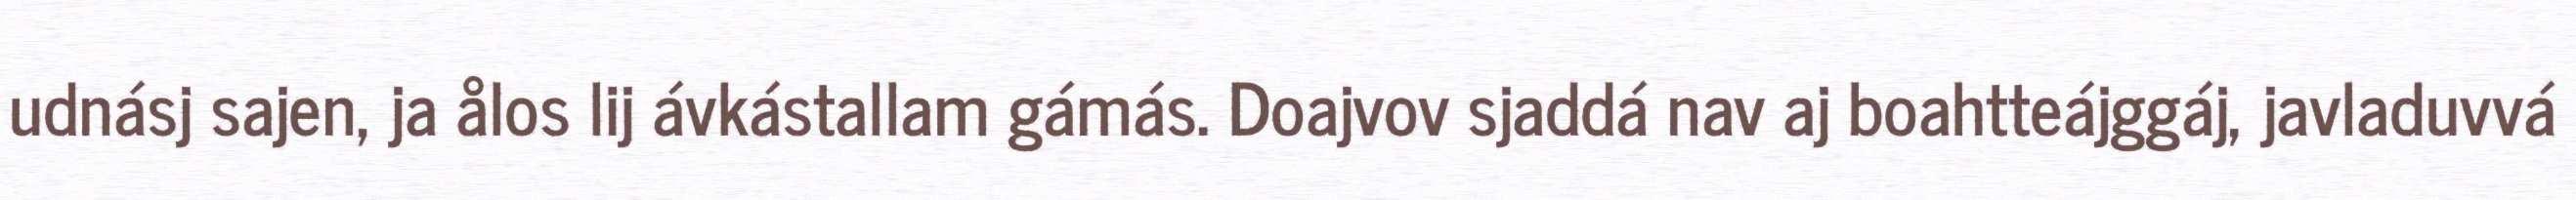
udnásj sajen, ja ålos lij ávkástallam gámás. Doajvov sjaddá nav aj boahtteájggáj, javladuvvá